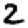
Digit: 2